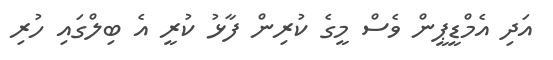
އަދި އެމްޑީޕީން ވެސް މީގެ ކުރިން ފާޅު ކުރީ އެ ބިލްގައި ހުރި